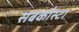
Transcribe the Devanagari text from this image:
सबकौस्टा